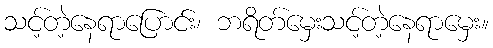
သင့်တဲ့နေရာပြောင်း၊ ဘရိတ်မှေးသင့်တဲ့နေရာမှေး။